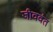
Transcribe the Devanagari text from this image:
जीववंत